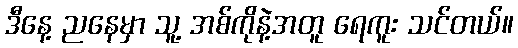
ဒီနေ့ ညနေမှာ သူ့ အစ်ကိုနဲ့အတူ ရေကူး သင်တယ်။